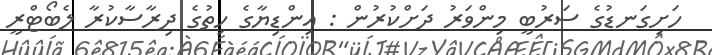
ހަށިގަނޑުގެ ސަރުބީ މިންވަރު ދަށްކުރުން : އިންޑިޔާގެ ހިތުގެ ދިރާސާކުރާ ލެބޯޓްރީ